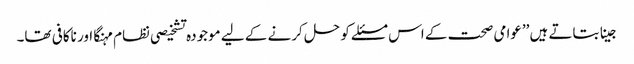
جینا بتاتے ہیں ’’عوامی صحت کے اس مسئلے کو حل کرنے کے لیے موجودہ تشخیصی نظام مہنگا اور ناکافی تھا۔